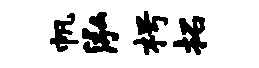
帆泓枵拓